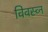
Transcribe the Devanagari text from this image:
विवस्व्न